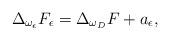
LaTeX: \begin{align*} \Delta_{\omega_{\epsilon}}F_{\epsilon}=\Delta_{\omega_{D}}F+a_{\epsilon}, \end{align*}